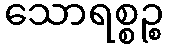
သောရစ္စဉ္စ